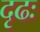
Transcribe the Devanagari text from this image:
दृढः